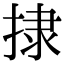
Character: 捸